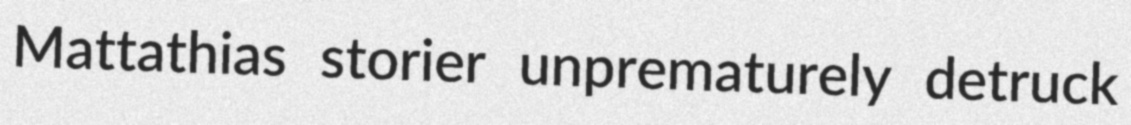
Mattathias storier unprematurely detruck